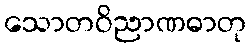
သောတဝိညာဏဓာတု